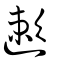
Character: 遬